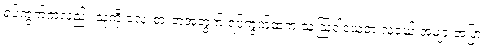
ရပ်ကွက်ကလည်း သူ့ကို လေးစားတဲ့အတွက် ရပ်ကွက်ထဲက သူ့ဩဝါဒယူတဲ့ လူငယ် အများအပြား